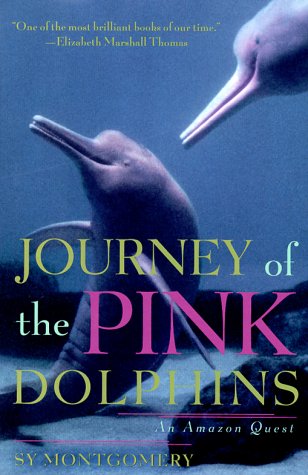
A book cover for Journey of the Pink Dolphins: An Amazon Quest; Sy Montgomery; Sports & Outdoors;